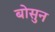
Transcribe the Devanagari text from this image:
बोसुन